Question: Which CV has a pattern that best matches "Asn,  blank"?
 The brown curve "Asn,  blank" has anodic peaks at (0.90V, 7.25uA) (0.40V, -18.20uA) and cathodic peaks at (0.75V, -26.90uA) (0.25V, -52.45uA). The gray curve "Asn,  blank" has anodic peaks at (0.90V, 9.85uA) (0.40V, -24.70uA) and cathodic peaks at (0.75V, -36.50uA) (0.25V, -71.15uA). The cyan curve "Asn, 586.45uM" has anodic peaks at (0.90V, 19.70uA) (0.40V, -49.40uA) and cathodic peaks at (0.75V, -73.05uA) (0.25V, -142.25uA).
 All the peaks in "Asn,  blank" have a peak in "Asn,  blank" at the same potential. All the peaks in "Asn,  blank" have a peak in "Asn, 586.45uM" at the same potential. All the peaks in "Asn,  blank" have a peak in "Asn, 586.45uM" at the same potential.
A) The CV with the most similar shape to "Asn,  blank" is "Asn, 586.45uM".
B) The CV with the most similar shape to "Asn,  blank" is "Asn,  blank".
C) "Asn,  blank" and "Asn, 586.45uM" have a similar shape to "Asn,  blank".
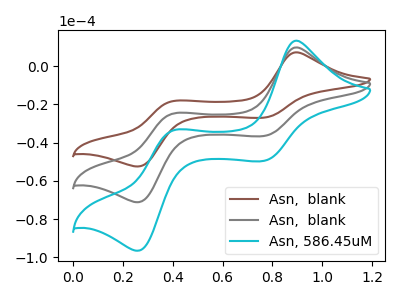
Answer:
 <answer>C) "Asn,  blank" and "Asn, 586.45uM" have a similar shape to "Asn,  blank".</answer>
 <eval>C</eval>